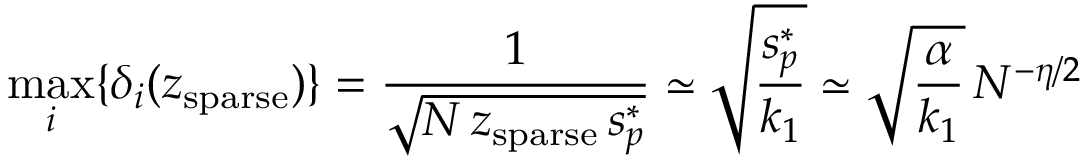
\operatorname* { m a x } _ { i } \{ \delta _ { i } ( z _ { \mathrm { s p a r s e } } ) \} = \frac { 1 } { \sqrt { N \, z _ { \mathrm { s p a r s e } } \, s _ { p } ^ { * } } } \simeq \sqrt { \frac { s _ { p } ^ { * } } { k _ { 1 } } } \simeq \sqrt { \frac { \alpha } { k _ { 1 } } } \, N ^ { - \eta / 2 }